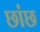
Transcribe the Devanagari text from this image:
छांछ